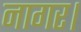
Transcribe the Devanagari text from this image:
नागर।